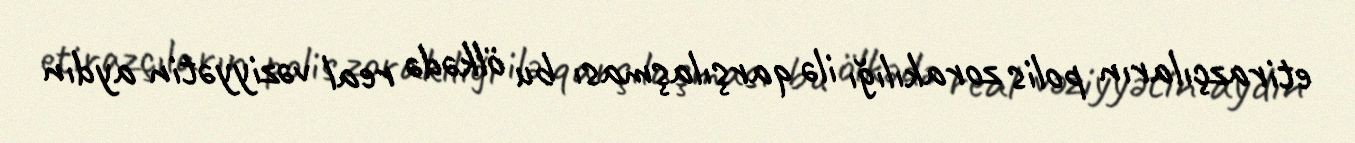
etirazçıların polis zorakılığı ilə qarşılaşması bu ölkədə real vəziyyətin aydın